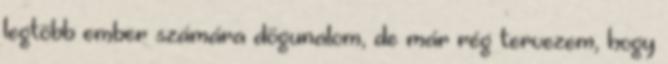
legtöbb ember számára dögunalom, de már rég tervezem, hogy